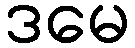
ဒမေ